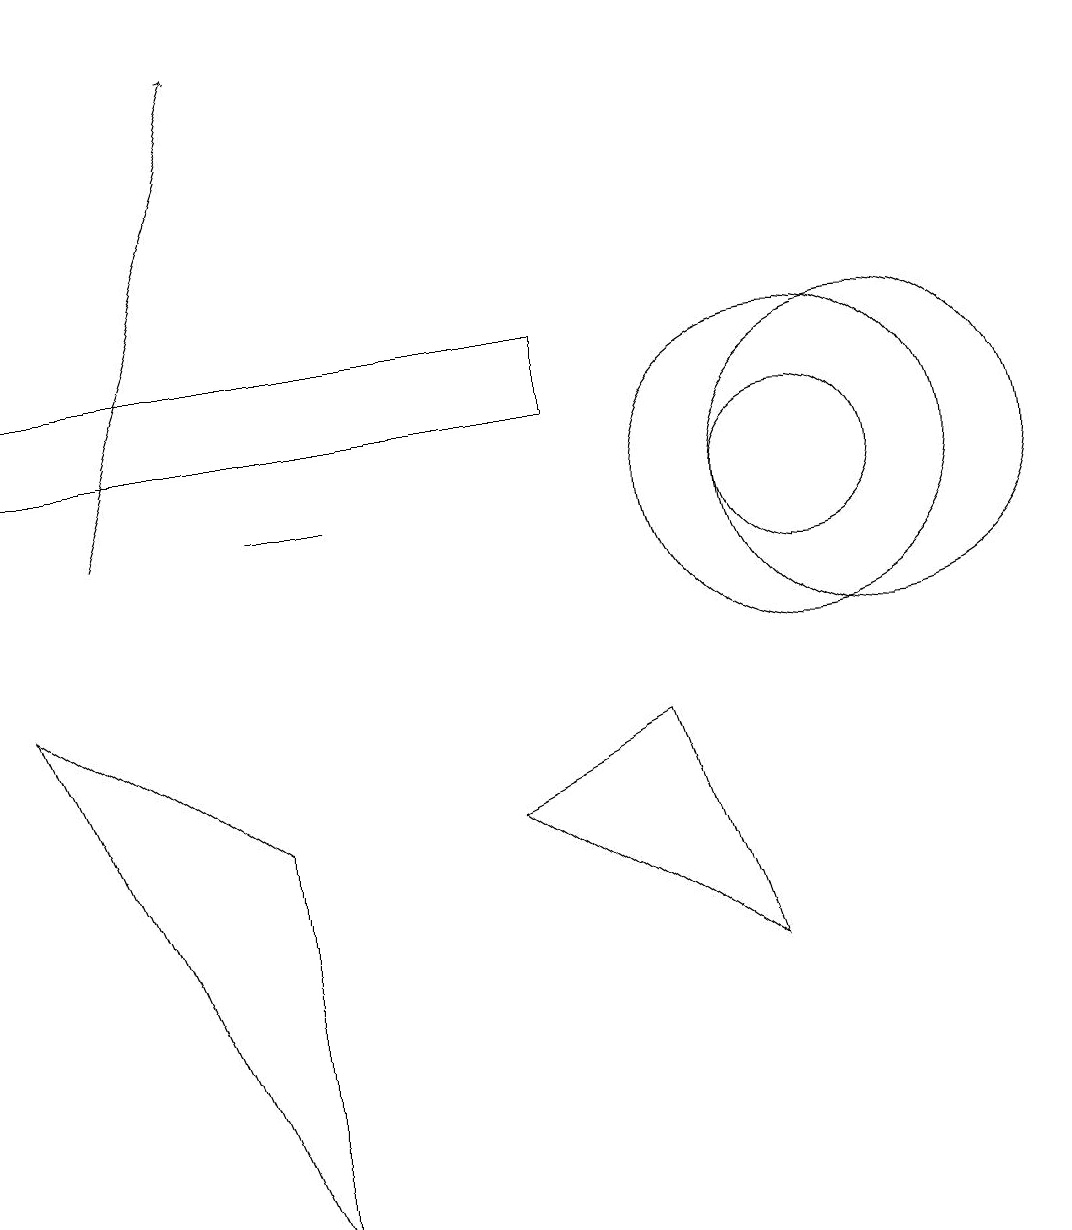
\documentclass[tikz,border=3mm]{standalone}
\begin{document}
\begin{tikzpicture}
\draw (10,10) circle (1);
\draw (11,10) circle (2);
\draw (9,4) -- (8,7) -- (6,6) -- cycle;
\draw (10,10) circle (2);
\draw (0,8) -- (3,6) -- (3,1) -- cycle;
\draw (4,10) rectangle (3,10);
\draw[->] (1,10) -- (3,16);
\draw (0,11) rectangle (7,12);
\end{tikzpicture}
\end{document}